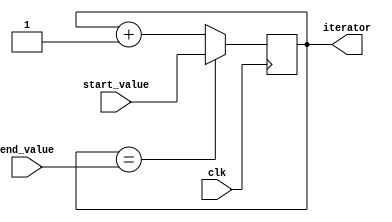
module dynamic_range_for_loop(
    input [7:0] start_value,
    input [7:0] end_value,
    input clk,
    output reg [7:0] iterator
);

always @(posedge clk) begin
    if (iterator == end_value) begin
        iterator <= start_value;
    end else begin
        iterator <= iterator + 1;
    end
end

endmodule